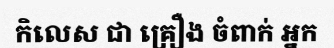
កិលេស ជា គ្រឿង ចំពាក់ អ្នក